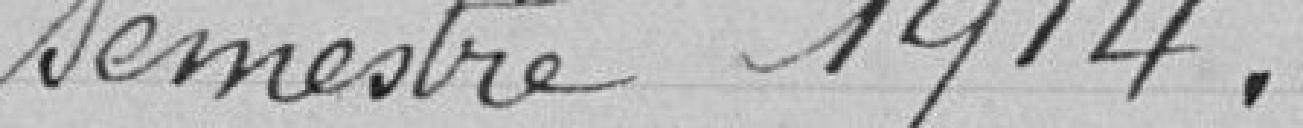
semestre 1914